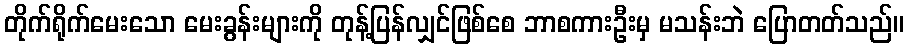
တိုက်ရိုက်မေးသော မေးခွန်းများကို တုန့်ပြန်လျှင်ဖြစ်စေ ဘာစကားဦးမှ မသန်းဘဲ ပြောတတ်သည်။